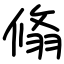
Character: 翛